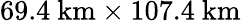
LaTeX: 69.4~\mathrm{km}\times 107.4~\mathrm{km}